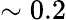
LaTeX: \sim 0.2